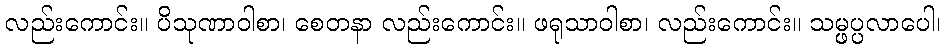
လည်းကောင်း။ ပိသုဏာဝါစာ၊ စေတနာ လည်းကောင်း။ ဖရုသာဝါစာ၊ လည်းကောင်း။ သမ္ဖပ္ပလာပေါ၊